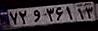
۷۲و۳۶۱۱۳